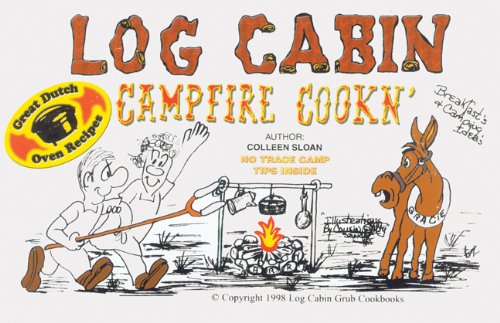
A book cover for Log Cabin campfire cooking; Colleen Sloan; Cookbooks, Food & Wine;